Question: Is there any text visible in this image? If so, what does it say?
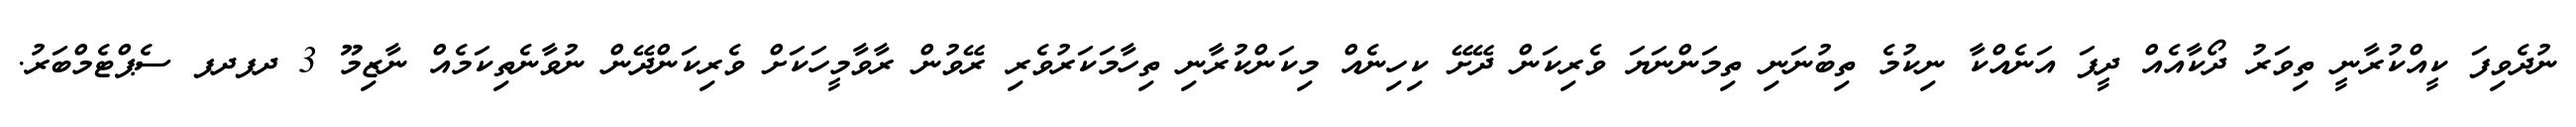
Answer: ނުދެވިފަ ކީއްކުރާނީ ތިވަރު ދޯކާއެއް ދީފަ އަނެއްކާ ނިކުމެ ތިބުނަނި ތިމަންނަޔަ ވެރިކަން ދޭށޭ ކިހިނެއް މިކަންކުރާނި ތިހާމަކަރުވެރި ރޭވުން ރާވާމީހަކަށް ވެރިކަންދޭން ނުވާނެތިކަމެއް ނާޒިމޫ 3 ދފދފ ސެޕްޓެމްބަރު.